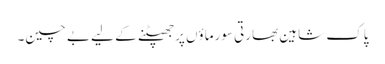
پاک شاہین بھارتی سورماؤں پر جھپٹنے کے لیے بے چین۔